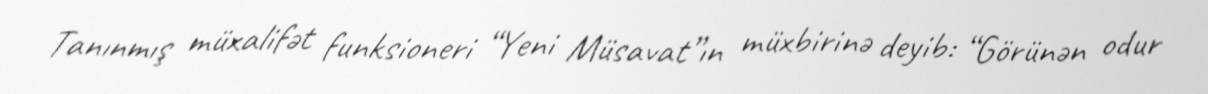
Tanınmış müxalifət funksioneri “Yeni Müsavat”ın müxbirinə deyib: “Görünən odur